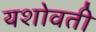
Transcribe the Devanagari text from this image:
यशोवती